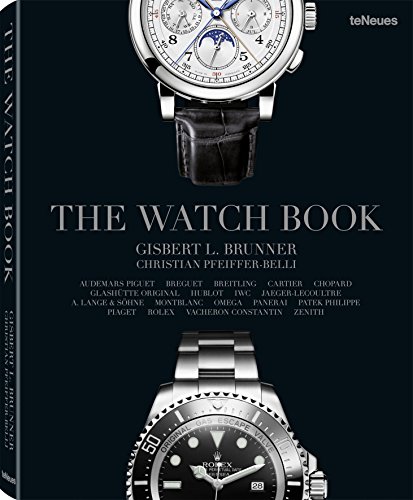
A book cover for The Watch Book; Arts & Photography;